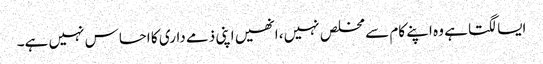
ایسا لگتا ہے وہ اپنے کام سے مخلص نہیں، انھیں اپنی ذمے داری کا احساس نہیں ہے۔